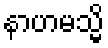
နာဟမသ္မိ